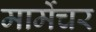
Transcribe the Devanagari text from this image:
मार्मेचर